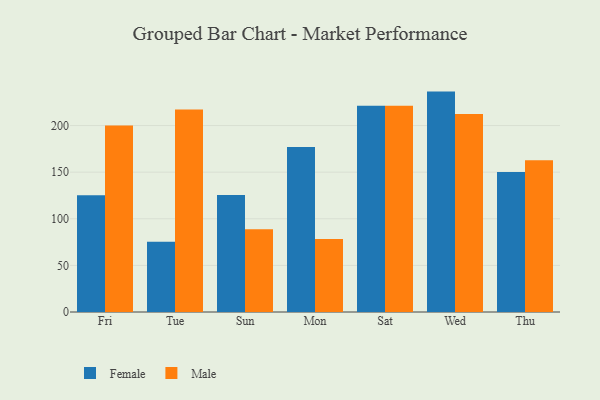
{"axis": {"x": "Day", "y": "Shipments"}, "legend": ["Female", "Male"], "data": [{"x": "Fri", "y": 125.2, "type": "Female"}, {"x": "Fri", "y": 200.1, "type": "Male"}, {"x": "Tue", "y": 75.4, "type": "Female"}, {"x": "Tue", "y": 217.2, "type": "Male"}, {"x": "Sun", "y": 125.4, "type": "Female"}, {"x": "Sun", "y": 88.7, "type": "Male"}, {"x": "Mon", "y": 176.9, "type": "Female"}, {"x": "Mon", "y": 78.2, "type": "Male"}, {"x": "Sat", "y": 221.3, "type": "Female"}, {"x": "Sat", "y": 221.1, "type": "Male"}, {"x": "Wed", "y": 236.4, "type": "Female"}, {"x": "Wed", "y": 212.5, "type": "Male"}, {"x": "Thu", "y": 150.1, "type": "Female"}, {"x": "Thu", "y": 162.8, "type": "Male"}]}